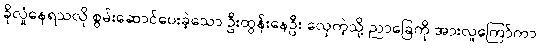
ခိုလှုံနေရသလို စွမ်းဆောင်ပေးခဲ့သော ဦးထွန်းနေဦး လှေကဲ့သို့ ညာခြေကို အားလူကြော်ကာ